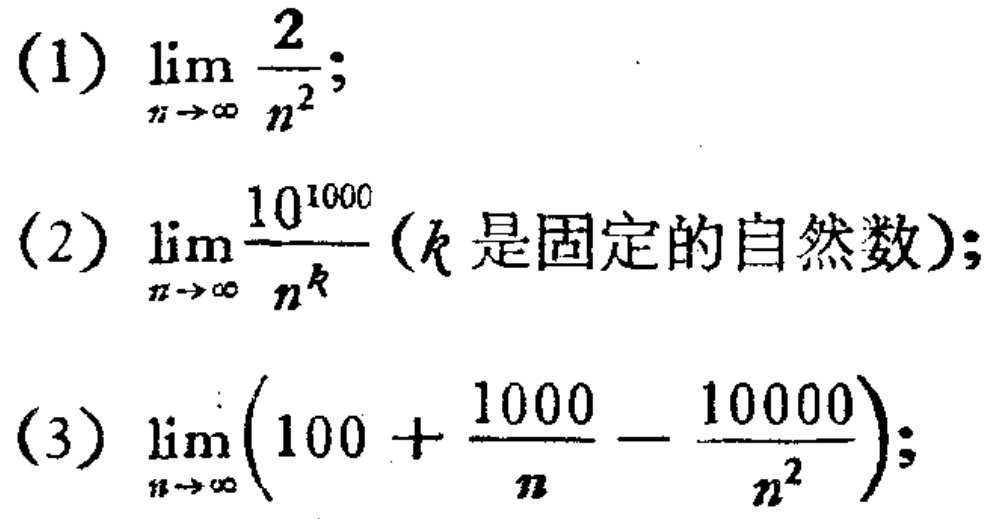
(1) \(\lim_{n \to \infty} \frac{2}{n^{2}}\);

(2) \(\lim_{n \to \infty} \frac{10^{1000}}{n^{k}}\) (\(k\)是固定的自然数);

(3) \(\lim_{n \to \infty} \left(100 + \frac{1000}{n} - \frac{10000}{n^{2}}\right)\);